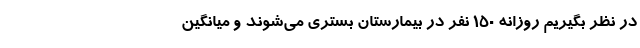
در نظر بگیریم روزانه ۱۵۰ نفر در بیمارستان بستری می‌شوند و میانگین